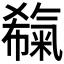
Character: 𣱬